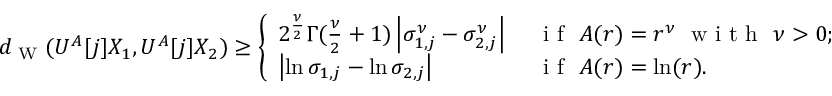
\begin{array} { r } { d _ { \textup { W } } ( U ^ { A } [ j ] X _ { 1 } , U ^ { A } [ j ] X _ { 2 } ) \geq \left\{ \begin{array} { l l } { 2 ^ { \frac { \nu } { 2 } } \Gamma ( \frac { \nu } { 2 } + 1 ) \left| \sigma _ { 1 , j } ^ { \nu } - \sigma _ { 2 , j } ^ { \nu } \right| } & { \ \textup { i f } \ A ( r ) = r ^ { \nu } \ \textup { w i t h } \ \nu > 0 ; } \\ { \left| \ln \sigma _ { 1 , j } - \ln \sigma _ { 2 , j } \right| } & { \ \textup { i f } \ A ( r ) = \ln ( r ) . } \end{array} \right. } \end{array}